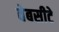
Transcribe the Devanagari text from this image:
वेबसीटे